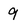
Character: 9